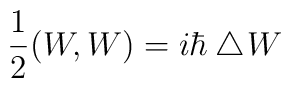
\frac{1}{2} (W,W)= i \hbar \bigtriangleup\!W